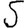
Digit: 5